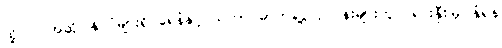
ထို့ပြင် အဆိုပါနိုင်ငံများရှိ ရေနံနှင့် သဘာဝဓာတ်ငွေ့လုပ်ငန်းများတွင် ရင်းနှီးမြှုပ်နှံရန်